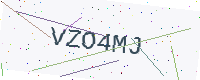
Text: VZO4MJ